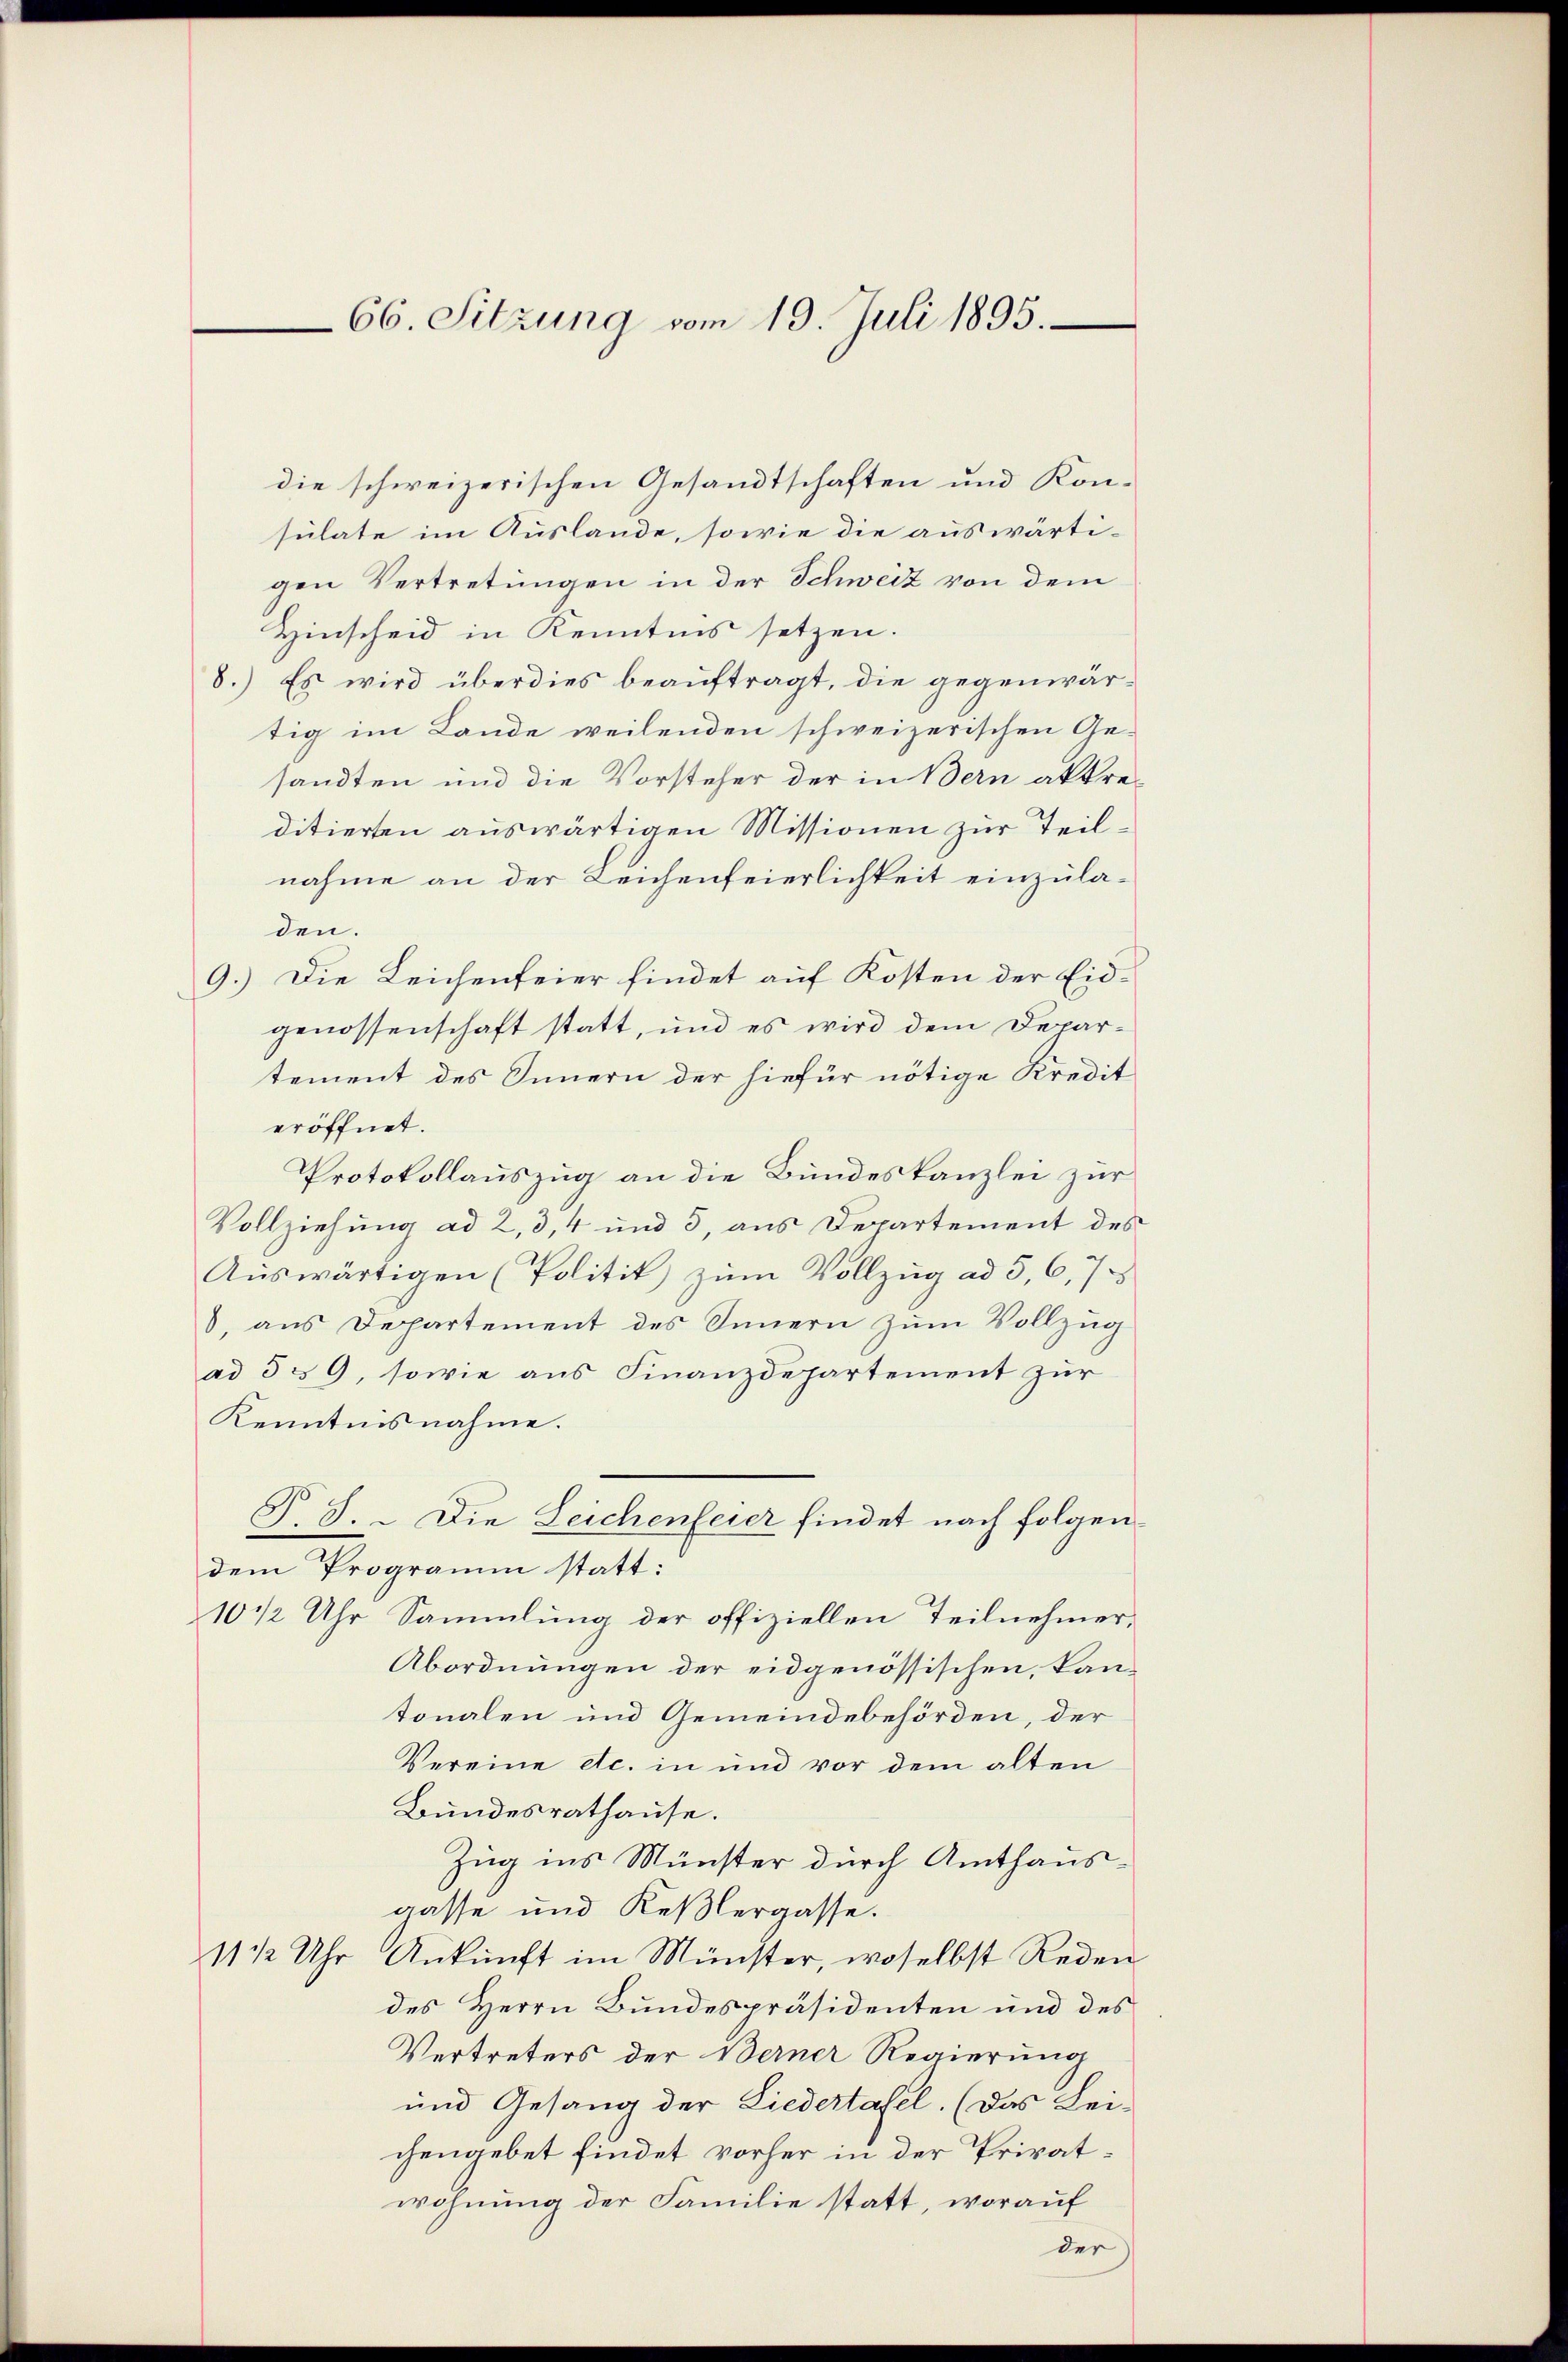
66. Sitzung vom 19. Juli 1895.

die schweizerischen Gesandtschaften und Kon-
sulate im Auslande, sowie die auswärti-
gen Vertretungen in der Schweiz von dem
Hinscheid in Kenntnis setzen.
8.) Es wird überdies beauftragt, die gegenwärtig im Lande weilenden schweizerischen Gesandten und die Vorsteher der in Bern aktreditierten auswärtigen Missionen zur Teilnahme an der Leichenfeierlichkeit einzuladen.
9.) Die Leichenfeier findet auf Kosten der Eidgenossenschaft statt, und es wird dem Departement des Innern der hiefür nötige Kredit
eröffnet.
Protokollauszug an die Bundeskanzlei zur
Vollziehung ad 2, 3, 4 und 3, aus Departement des
Aŭswärtigen (Politik zŭm Vollzŭg ad 5, 6, 7
8, aus Departement des Innern zum Vollzug
ad 5 § 9, sowie aus Finanzdepartement zur
Kenntnisnahme.
P.S. - Die Leichenfeier findet nach folgen
dem Programm statt:
10 1/2 Uhr Sammlung der offiziellen Teilnehmer,
Abordnungen der eidgenössischen, kantonalen und Gemeindebehörden, der
Vereine etc. in und vor dem alten
Bundesrathause.
Zug ins Münster durch Amthausgasse und Keßlergasse.
11 1/2 Uhr Ankunft im Münster, woselbst Reden
des Herrn Bundespräsidenten und des
Vertreters der Berner Regierung
und Gesang der Liedertafel. (das Lei-
chengebet findet vorher in der Privatwohnung der Familie statt, worauf

der